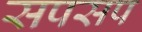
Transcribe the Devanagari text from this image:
सपसप